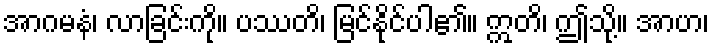
အာဂမနံ၊ လာခြင်းကို။ ပဿတိ၊ မြင်နိုင်ပါ၏။ ဣတိ၊ ဤသို့။ အာဟ၊